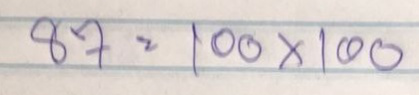
87 = 100x100